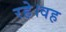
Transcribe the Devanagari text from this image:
रहे।वह